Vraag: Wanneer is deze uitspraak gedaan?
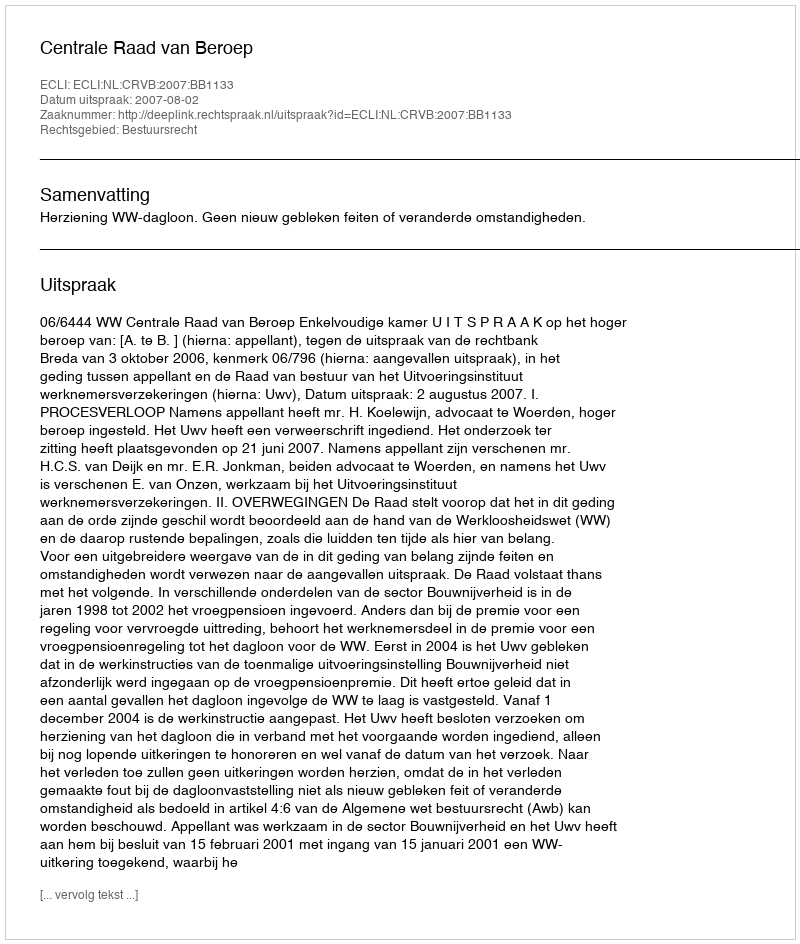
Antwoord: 2007-08-02